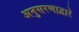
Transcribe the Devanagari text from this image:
अनुसरणाद्वारे